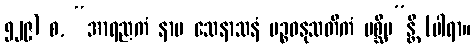
၅၂၉) စ, “အာရညကံ နာမ သေနာသနံ ပဉ္စဓနုသတိကံ ပစ္ဆိမ”န္တိ (ပါရာ။